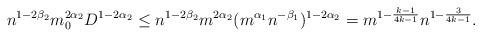
LaTeX: \begin{align*} n^{1 - 2 \beta_2} m_{0}^{2 \alpha_2} D^{1 - 2 \alpha_2} \le n^{1 - 2 \beta_2} m^{2 \alpha_2} (m^{\alpha_1} n^{-\beta_1})^{1 - 2 \alpha_2} = m^{1 - \frac{k-1}{4 k -1}} n ^{1 - \frac{3}{4k -1}}.\end{align*}